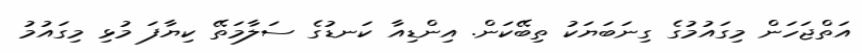
އަތްޖަހަން މިގައުމުގެ ގިނަބަޔަކު ތިބޭކަން. އިންޑިއާ ކަނޑުގެ ސަލާމަތޭ ކިޔާފަ މުޅި މިގައުމު